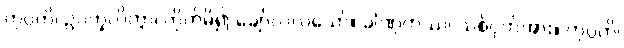
ကုပ္ပတိ၊ ဥပက္ခလိတွာ၊ တိုက်မိ၍ ချော်လဲလသော်။ ခါဏုကဿ၊ သစ်ငုတ်အား။ ကုပ္ပတိ၊